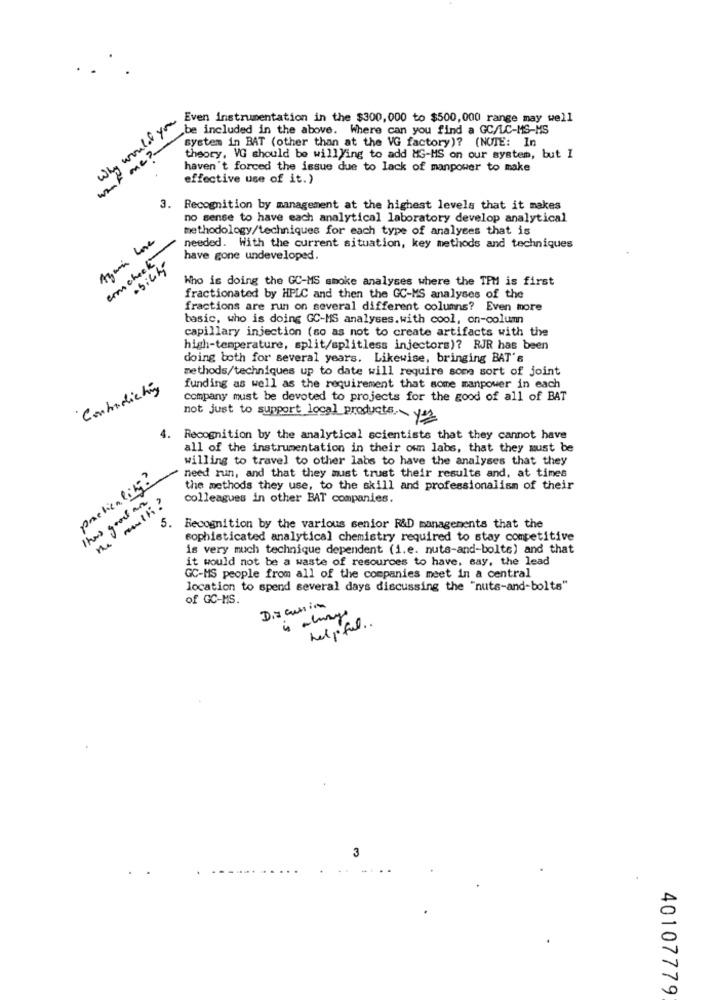
Why would you
Even Instrumentation in the $300,000 to $500,000 range may well
be included in the above. Where can you find a GC/LC-MS-MS
system in BAT (other than at the VG factory)? (NOTE: In
Me ?
theory, VG should be willying to add MG-MS on our system, but I
haven't forced the issue due to lack of manpower to make
effective use of it.)
3. Recognition by management at the highest levels that it makes
no sense to have each analytical laboratory develop analytical
methodology/techniques for each type of analyses that is
Again Lose
com check
needed. With the current situation, key methods and techniques
have gone undeveloped.
·sicily
Who is doing the GC-MS smoke analyses where the TPM is first
fractionated by HPLC and then the GC-MS analyses of the
fractions are run on several different columns? Even more
basic, who is doing GC-MS analyses.with cool, on-column
capillary injection (so as not to create artifacts with the
high-temperature, split/splitless injectors)? RJR has been
doing both for several years. Likewise, bringing BAT's
methods/techniques up to date will require some sort of joint
Contradicting
funding as well as the requirement that some manpower in each
company must be devoted to projects for the good of all of BAT
not just to support local products. ~ yes
4.
Recognition by the analytical scientists that they cannot have
all of the instrumentation in their own labs, that they must be
willing to travel to other labs to have the analyses that they
pretientity?
need run, and that they must trust their results and, at times
the methods they use, to the skill and professionalism of their
Ihas good an
colleagues in other BAT companies.
5
Recognition by the various senior R&D managements that the
sophisticated analytical chemistry required to stay competitive
is very much technique dependent (i.e. nuts-and-bolte) and that
it would not be a waste of resources to have, say, the lead
GC-MS people from all of the companies meet in a central
location to spend several days discussing the "nuts-and-bolts"
of GC-MS.
helpful ..
3
40107779